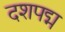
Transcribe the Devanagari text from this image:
दशपद्म